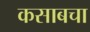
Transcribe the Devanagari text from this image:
कसाबचा